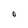
Character: O